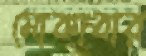
মোকাবার